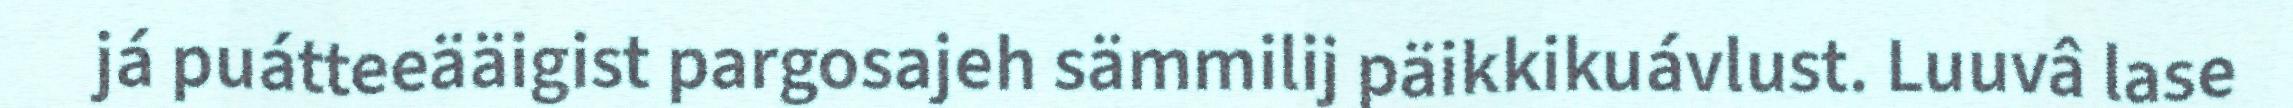
já puátteeääigist pargosajeh sämmilij päikkikuávlust. Luuvâ lase